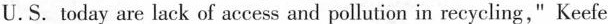
U.S. Today are lack of access and pollution in recycling," Keefe